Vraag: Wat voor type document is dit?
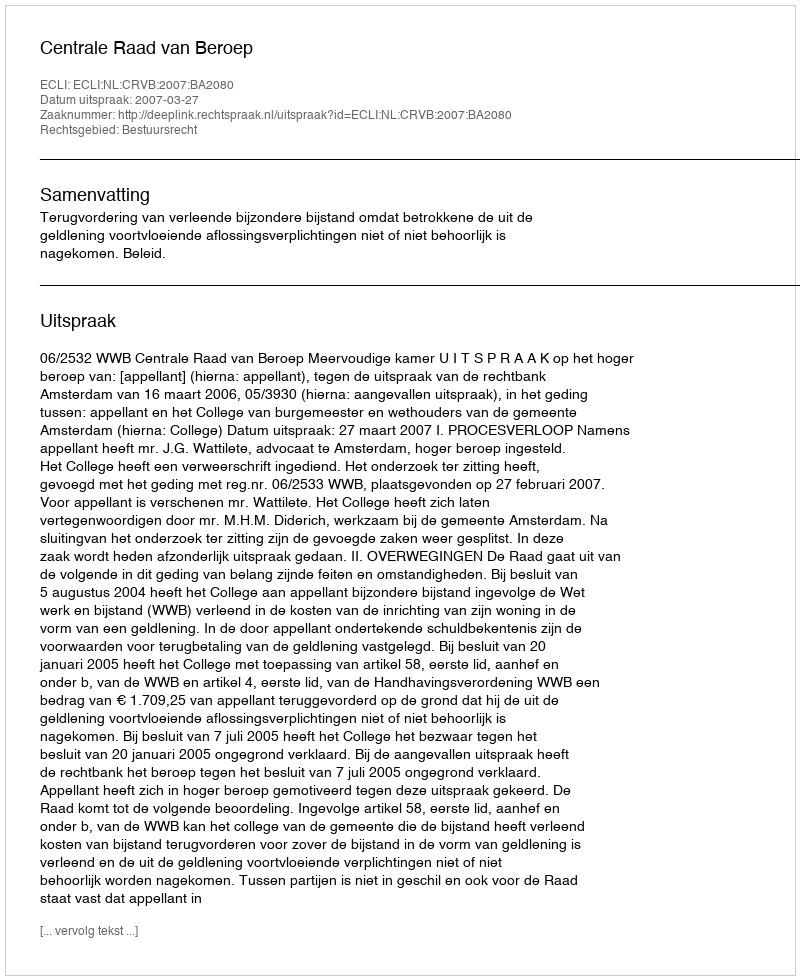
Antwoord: Uitspraak